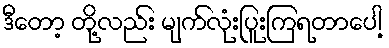
ဒီတော့ တို့လည်း မျက်လုံးပြူးကြရတာပေါ့